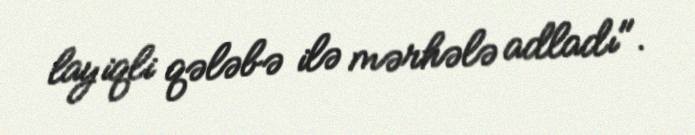
layiqli qələbə ilə mərhələ adladı".